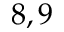
8 , 9